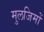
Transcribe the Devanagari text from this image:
मुलजिमों